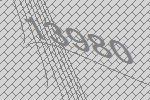
13980